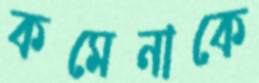
কমেনাকে